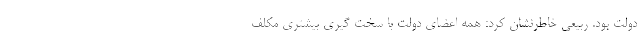
دولت بود. ربیعی خاطرنشان کرد: همه اعضای دولت با سخت گیری بیشتری مکلف